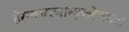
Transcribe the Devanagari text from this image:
हेरम्वचरणाम्बुजरेणबः।।